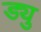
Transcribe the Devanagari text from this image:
ड्यु